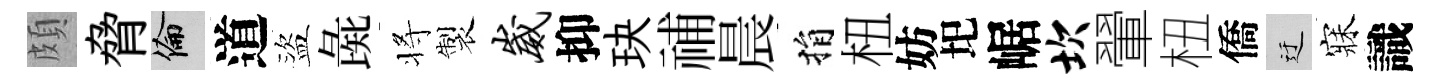
頗脅倫道盜彘将製崴抑玦𥙷晨捐杻妨圯崌坎翬杻僑迂寐識